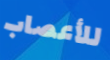
للأعصاب